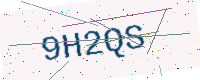
Text: 9H2QS